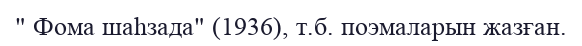
" Фома шаһзада" (1936), т.б. поэмаларын жазған.